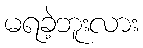
မရခဲ့ဘူးလား